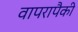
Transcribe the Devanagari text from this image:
वापरापैकी